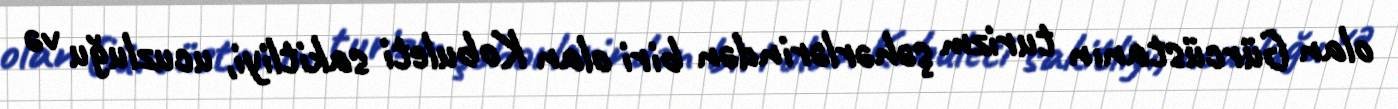
olan Gürcüstanın turizm şəhərlərindən biri olan Kobuleti sakitliyi, ucuzluğu və